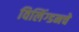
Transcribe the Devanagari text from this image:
विलिंग्डनचे